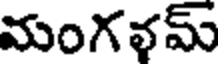
మంగళమ్